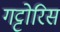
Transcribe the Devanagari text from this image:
गट्टोरिस